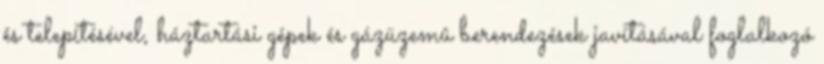
és telepítésével, háztartási gépek és gázüzemû berendezések javításával foglalkozó